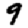
Digit: 9